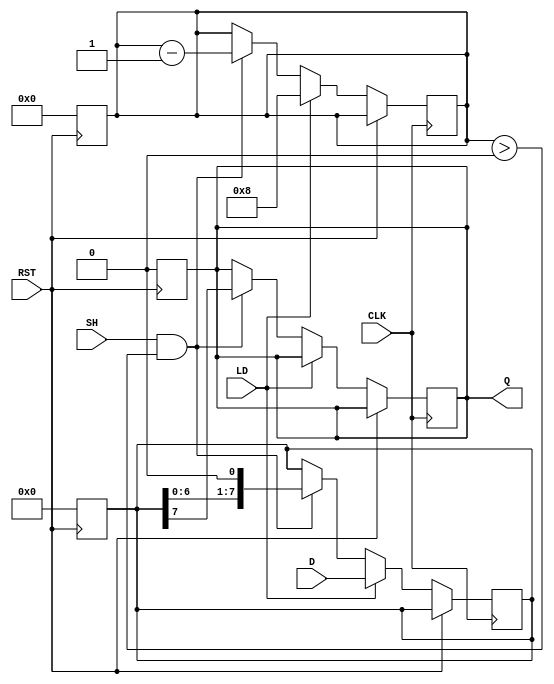
module PISO_Register #(
    parameter WIDTH = 8 // Configurable width of the input data
)(
    input wire [WIDTH-1:0] D, // Parallel input data
    input wire LD,             // Load control signal
    input wire SH,             // Shift control signal
    input wire CLK,            // Clock signal
    input wire RST,            // Asynchronous reset signal
    output reg Q               // Serial output data
);

    reg [WIDTH-1:0] shift_reg; // Internal shift register
    reg [3:0] count;            // Counter to track the number of bits shifted out

    // Asynchronous reset
    always @(posedge RST) begin
        shift_reg <= 0;
        Q <= 0;
        count <= 0;
    end

    // Main operation
    always @(posedge CLK) begin
        if (RST) begin
            // Reset state handled above
        end else if (LD) begin
            // Load data into the shift register
            shift_reg <= D;
            count <= WIDTH; // Set count to the width of the data
        end else if (SH && count > 0) begin
            // Shift data out serially
            Q <= shift_reg[WIDTH-1]; // Output the MSB
            shift_reg <= {shift_reg[WIDTH-2:0], 1'b0}; // Shift left
            count <= count - 1; // Decrement the count
        end
    end

endmodule